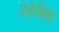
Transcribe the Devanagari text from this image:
नेवेज़िस